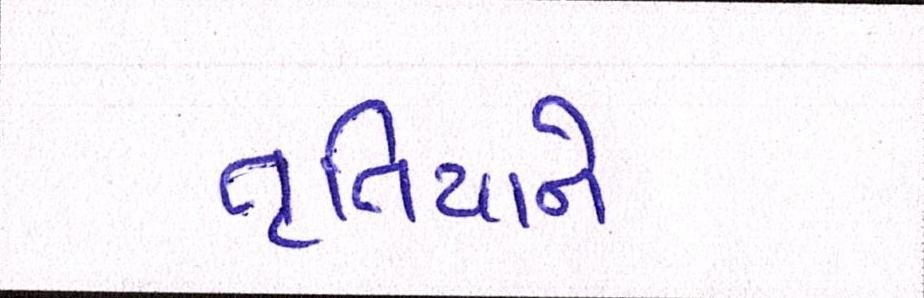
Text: તૃતિયાને